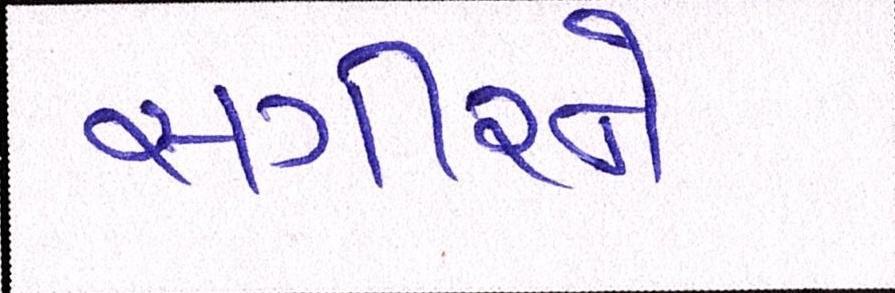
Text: સગીરને